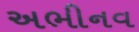
અભીનવ